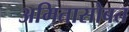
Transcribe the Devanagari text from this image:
अमितासोबत